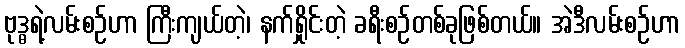
ဗုဒ္ဓရဲ့လမ်းစဉ်ဟာ ကြီးကျယ်တဲ့၊ နက်ရှိုင်းတဲ့ ခရီးစဉ်တစ်ခုဖြစ်တယ်။ အဲဒီလမ်းစဉ်ဟာ